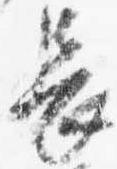
長